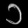
Digit: ၁